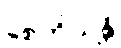
စေတိယန္တိ